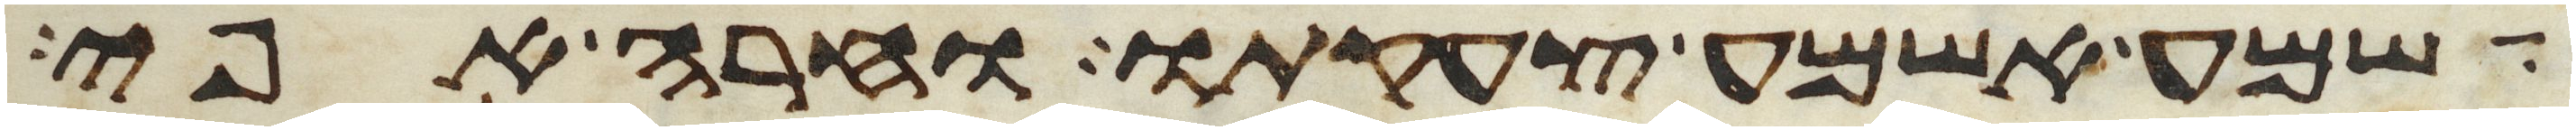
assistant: שמע אשמע צעקתו וחרה אפי